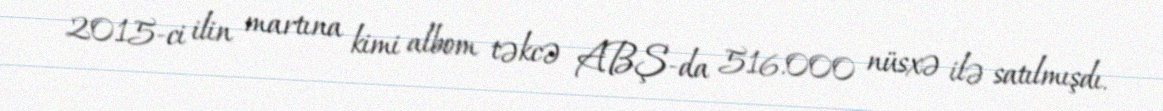
2015-ci ilin martına kimi albom təkcə ABŞ-da 516.000 nüsxə ilə satılmışdı.